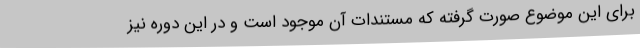
برای این موضوع صورت گرفته که مستندات آن موجود است و در این دوره نیز